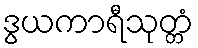
ဒွယကာရီသုတ္တံ